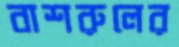
বাশরুলের